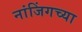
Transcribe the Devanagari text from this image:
नांजिंगच्या